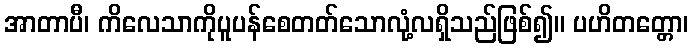
အာတာပီ၊ ကိလေသာကိုပူပန်စေတတ်သောလုံ့လရှိသည်ဖြစ်၍။ ပဟိတတ္တော၊